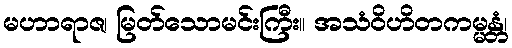
မဟာရာဇ၊ မြတ်သောမင်းကြီး။ အသံဝိဟိတကမ္မန္တံ၊